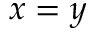
x = y